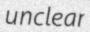
unclear